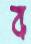
ব